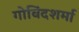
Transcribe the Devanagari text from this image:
गोविंदशर्मा